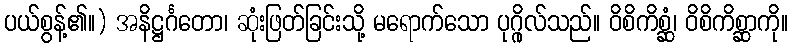
ပယ်စွန့်၏။) အနိဋ္ဌင်္ဂတော၊ ဆုံးဖြတ်ခြင်းသို့ မရောက်သော ပုဂ္ဂိုလ်သည်။ ဝိစိကိစ္ဆံ၊ ဝိစိကိစ္ဆာကို။